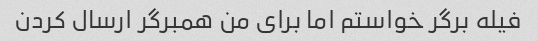
فیله برگر خواستم اما برای من همبرگر ارسال کردن